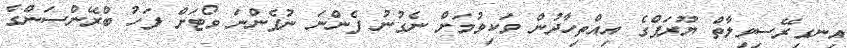
އިނގިރޭސިވިލާތް ޔޫރަޕްގެ އިއްތިހާދުން ވަކިވުމަށް ނެގުނު ފެންނަ ނުފެންނަ ވޯޓަށް ފަހު ބްރޭންސަންގެ